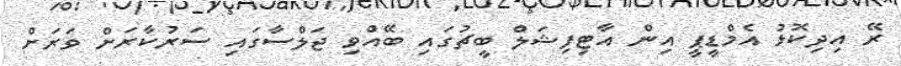
ރޭ އިދިކޮޅު އެމްޑީޕީ އިން އާޓިފިޝަލް ބީޗުގައި ބޭއްވި ޖަލްސާގައި ސަރުކާރަށް ވަރަށް